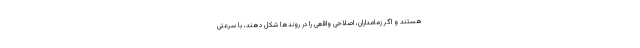
هستند و اگر زمامداران، اصلاحی واقعی را در روندها شکل دهند، با سرعتی